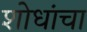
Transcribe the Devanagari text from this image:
शोधांचा